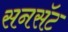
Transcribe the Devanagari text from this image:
सनसॅट